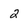
Character: 2